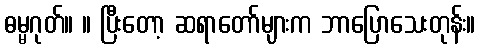
ဓမ္မဂုတ်။ ။ ပြီးတော့ ဆရာတော်များက ဘာပြောသေးတုန်း။